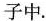
子中。